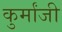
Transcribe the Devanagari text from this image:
कुर्मांजी